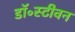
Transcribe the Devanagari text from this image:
डॉ॰स्टीवन